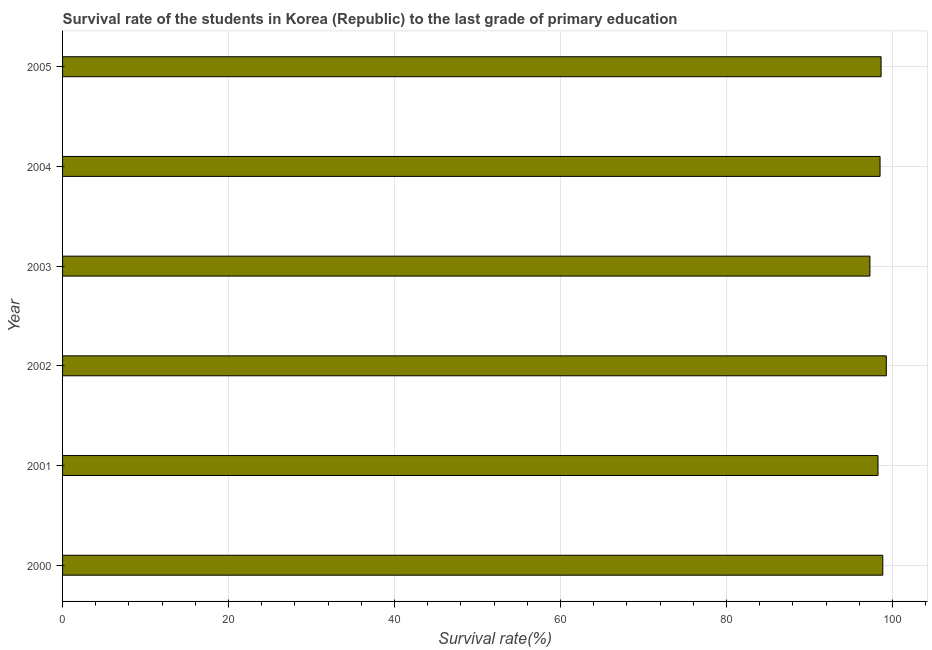
| Year | Primary Education |
 | --- | --- |
 | 2000 | 98.8 |
 | 2001 | 98.2 |
 | 2002 | 99.2 |
 | 2003 | 97.3 |
 | 2004 | 98.5 |
 | 2005 | 98.6 |